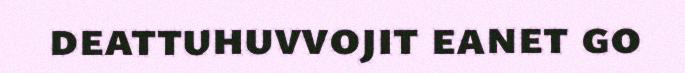
deattuhuvvojit eanet go